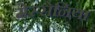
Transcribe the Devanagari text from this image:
मेस्सेनिया